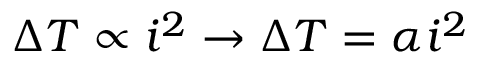
\Delta T \propto i ^ { 2 } \to \Delta T = \alpha i ^ { 2 }